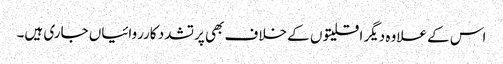
اس کے علاوہ دیگر اقلیتو ں کے خلاف بھی پرتشدد کارروائیاں جاری ہیں۔